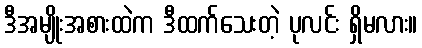
ဒီအမျိုးအစားထဲက ဒီထက်သေးတဲ့ ပုလင်း ရှိမလား။